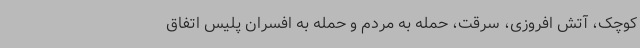
کوچک، آتش افروزی، سرقت، حمله به مردم و حمله به افسران پلیس اتفاق